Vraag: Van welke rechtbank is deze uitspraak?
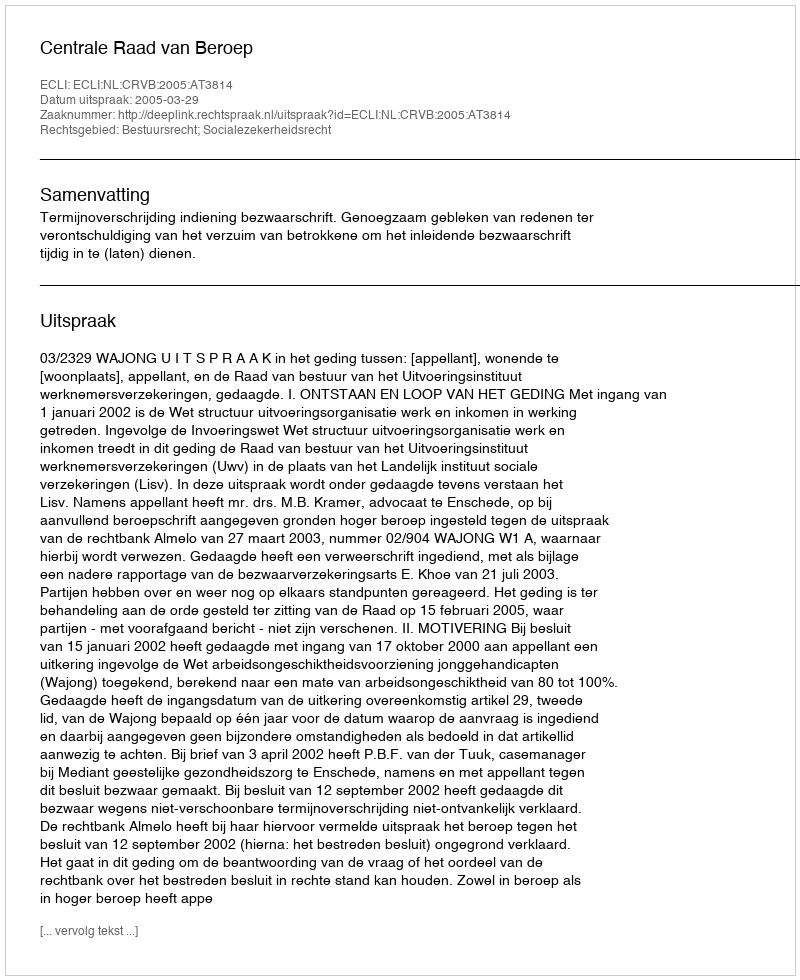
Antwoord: Centrale Raad van Beroep